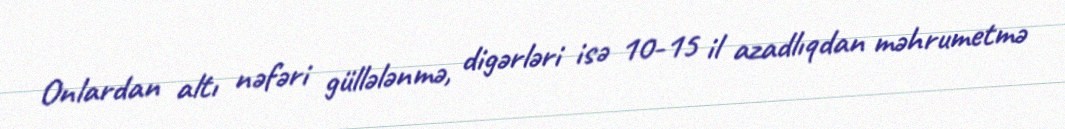
Onlardan altı nəfəri güllələnmə, digərləri isə 10-15 il azadlıqdan məhrumetmə